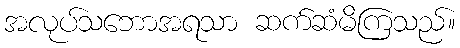
အလုပ်သဘောအရသာ ဆက်ဆံမိကြသည်။